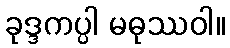
ခုဒ္ဒကပ္ပါ မဓုဿဝါ။